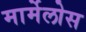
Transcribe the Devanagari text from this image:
मार्मेलोस